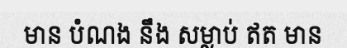
មាន បំណង នឹង សម្លាប់ ឥត មាន